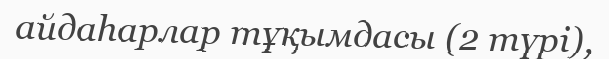
айдаhарлар тұқымдасы (2 түрі),